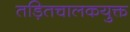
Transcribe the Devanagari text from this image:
तड़ितचालकयुक्त